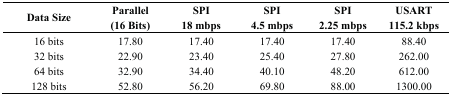
<table><thead><tr><td><b>Data Size</b></td><td><b>Parallel (16 Bits)</b></td><td><b>SPI 18 mbps</b></td><td><b>SPI 4.5 mbps</b></td><td><b>SPI 2.25 mbps</b></td><td><b>USART 115.2 kbps</b></td></tr></thead><tbody><tr><td>16 bits</td><td>17.80</td><td>17.40</td><td>17.40</td><td>17.40</td><td>88.40</td></tr><tr><td>32 bits</td><td>22.90</td><td>23.40</td><td>25.40</td><td>27.80</td><td>262.00</td></tr><tr><td>64 bits</td><td>32.90</td><td>34.40</td><td>40.10</td><td>48.20</td><td>612.00</td></tr><tr><td>128 bits</td><td>52.80</td><td>56.20</td><td>69.80</td><td>88.00</td><td>1300.00</td></tr></tbody></table>